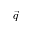
\vec { q }